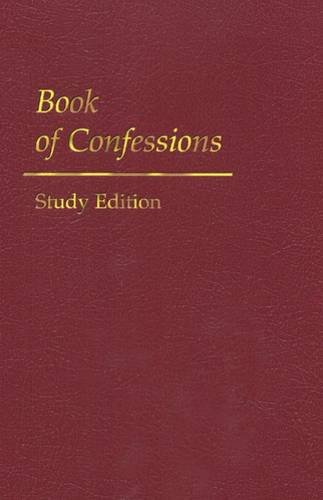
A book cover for The Book of Confessions; Presbyterian Church General Assembly; Christian Books & Bibles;